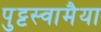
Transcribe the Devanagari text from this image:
पुट्टस्वामैया